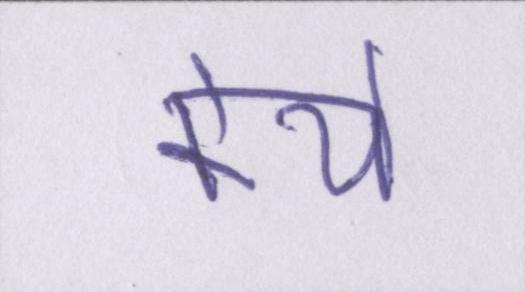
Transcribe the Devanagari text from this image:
केये